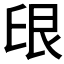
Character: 𱽈